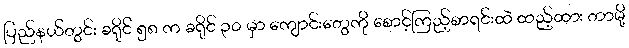
ပြည်နယ်တွင်း ခရိုင် ၅၈ က ခရိုင် ၃၀ မှာ ကျောင်းတွေကို စောင့်ကြည့်စာရင်းထဲ ထည့်ထား တာမို့